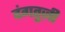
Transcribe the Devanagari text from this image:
दंगतुज़ी